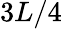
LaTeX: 3L/4